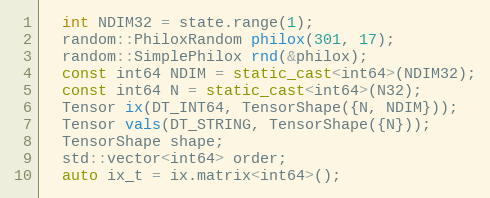
Language: C++
  int NDIM32 = state.range(1);
  random::PhiloxRandom philox(301, 17);
  random::SimplePhilox rnd(&philox);
  const int64 NDIM = static_cast<int64>(NDIM32);
  const int64 N = static_cast<int64>(N32);
  Tensor ix(DT_INT64, TensorShape({N, NDIM}));
  Tensor vals(DT_STRING, TensorShape({N}));
  TensorShape shape;
  std::vector<int64> order;
  auto ix_t = ix.matrix<int64>();